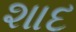
શાદ